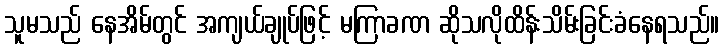
သူမသည် နေအိမ်တွင် အကျယ်ချုပ်ဖြင့် မကြာခဏ ဆိုသလိုထိန်းသိမ်းခြင်းခံနေရသည်။